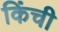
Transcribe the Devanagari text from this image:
किंची